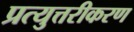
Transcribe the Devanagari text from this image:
प्रत्युत्तरीकरण